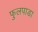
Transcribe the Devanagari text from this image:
फुलपाडा